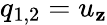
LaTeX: q_{1,2}=u_{\mathbf{z}}